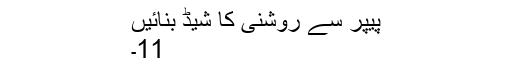
پیپر سے روشنی کا شیڈ بنائیں
11۔